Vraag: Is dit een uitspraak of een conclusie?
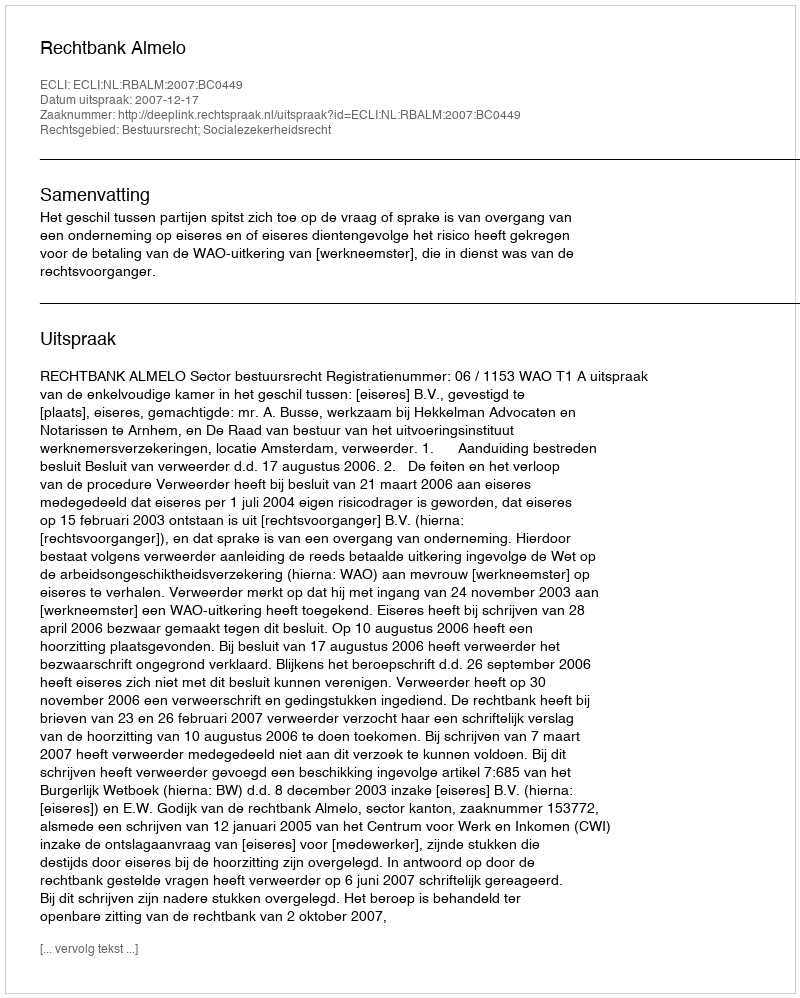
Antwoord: Uitspraak